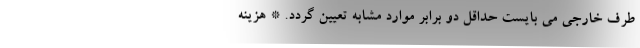
طرف خارجی می بایست حداقل دو برابر موارد مشابه تعیین گردد. * هزینه